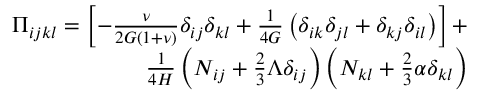
\begin{array} { r } { \Pi _ { i j k l } = \left[ - \frac { \nu } { 2 G ( 1 + \nu ) } \delta _ { i j } \delta _ { k l } + \frac { 1 } { 4 G } \left( \delta _ { i k } \delta _ { j l } + \delta _ { k j } \delta _ { i l } \right) \right] + } \\ { \frac { 1 } { 4 H } \left( N _ { i j } + \frac { 2 } { 3 } \Lambda \delta _ { i j } \right) \left( N _ { k l } + \frac { 2 } { 3 } \alpha \delta _ { k l } \right) } \end{array}